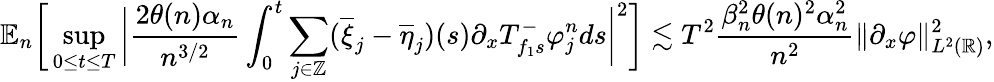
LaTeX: \mathbb{E}_{n}\bigg[\operatorname*{sup}_{0\le t\le T}\bigg|\frac{2\theta(n)\alpha_{n}}{n^{3/2}}\int_{0}^{t}\sum_{j\in\mathbb{Z}}(\overline{{\xi}}_{j}-\overline{{\eta}}_{j})(s)\partial_{x}T_{f_{1}s}^{-}\varphi_{j}^{n}ds\bigg|^{2}\bigg]\lesssim T^{2}\frac{\beta_{n}^{2}\theta(n)^{2}\alpha_{n}^{2}}{n^{2}}\| \partial_{x}\varphi\| _{L^{2}(\mathbb{R})}^{2},